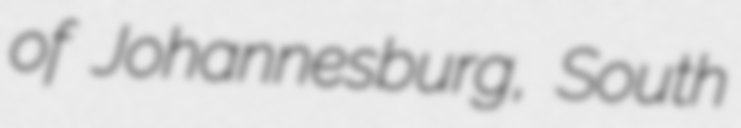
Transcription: of Johannesburg, South